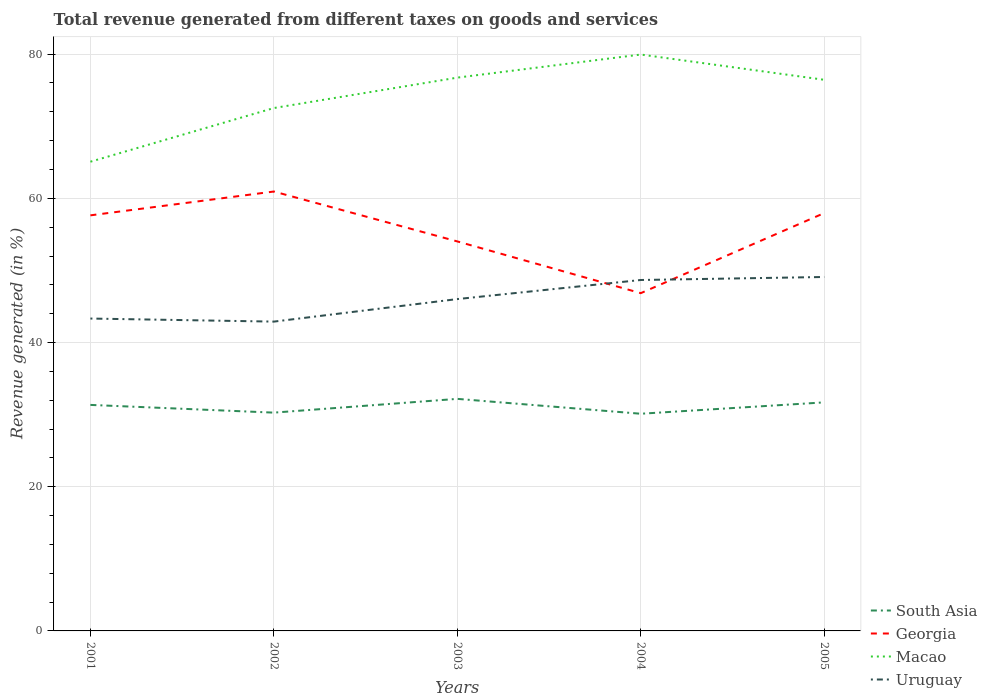
| Years | South Asia | Georgia | Macao | Uruguay |
 | --- | --- | --- | --- | --- |
 | 2001 | 31.3 | 57.6 | 65.1 | 43.3 |
 | 2002 | 30.3 | 60.9 | 72.5 | 42.9 |
 | 2003 | 32.2 | 54 | 76.7 | 46 |
 | 2004 | 30.1 | 46.8 | 79.9 | 48.7 |
 | 2005 | 31.7 | 58 | 76.4 | 49.1 |